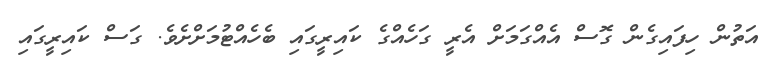
އަތުން ހިފައިގެން ގޮސް އެއްގަމަށް އެރީ ގަހެއްގެ ކައިރީގައި ބެހެއްޓުމަށްށެވެ. ގަސް ކައިރީގައި